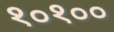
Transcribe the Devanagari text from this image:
१०१००